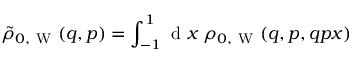
\tilde { \rho } _ { 0 , \mathrm { ~ W ~ } } ( q , p ) = \int _ { - 1 } ^ { 1 } \ensuremath { \mathrm { ~ d ~ } } x \; \rho _ { 0 , \mathrm { ~ W ~ } } ( q , p , q p x )